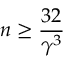
n \geq \frac { 3 2 } { \gamma ^ { 3 } }